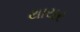
થાયર